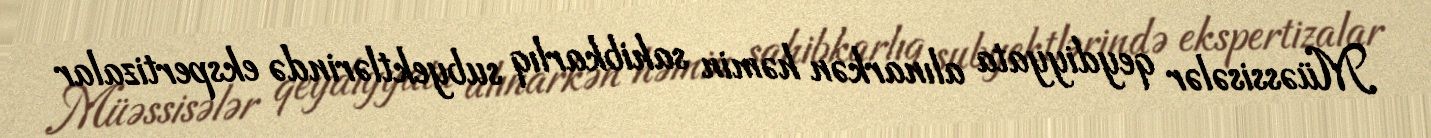
Müəssisələr qeydiyyata alınarkən həmin sahibkarlıq subyektlərində ekspertizalar